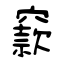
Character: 窾